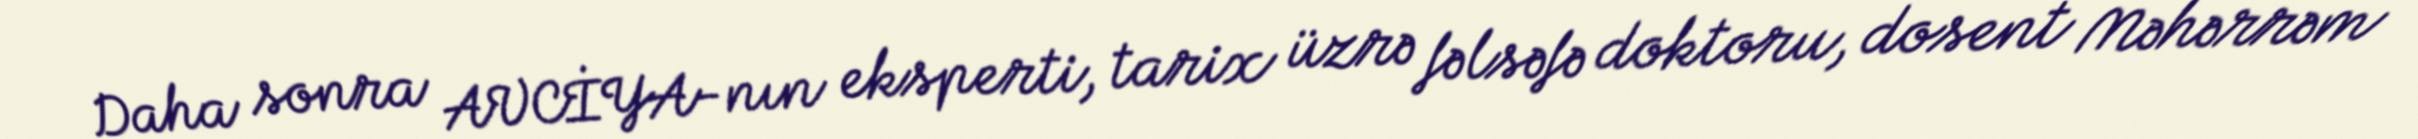
Daha sonra AVCİYA-nın eksperti, tarix üzrə fəlsəfə doktoru, dosent Məhərrəm